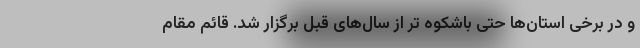
و در برخی استان‌ها حتی باشکوه تر از سال‌های قبل برگزار شد. قائم مقام